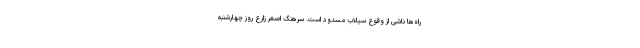
راه‌ها ناشی از وقوع سیلاب مسدود است. سرهنگ اصغر زارع روز چهارشنبه